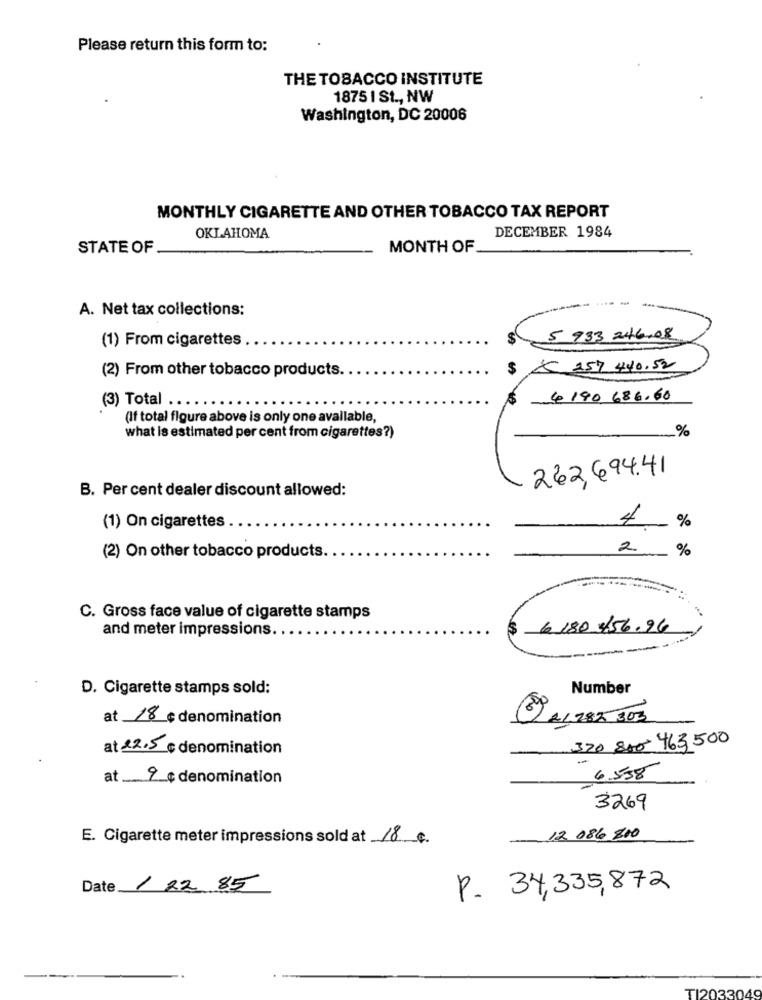
Please return this form to:
THE TOBACCO INSTITUTE
1875 1 St ., NW
Washington, DC 20006
MONTHLY CIGARETTE AND OTHER TOBACCO TAX REPORT
OKLAHOMA
DECEMBER 1984
STATE OF
MONTH OF
A. Net tax collections:
(1) From cigarettes
5 933 246.08
(2) From other tobacco products ..
$ € 157 440,52
(3) Total ..
4 190 686,60
(If total figure above is only one available,
%
what is estimated per cent from cigarettes?)
262,694.41
B. Per cent dealer discount allowed:
4
%
(1) On cigarettes
2
_ %
(2) On other tobacco products.
C. Gross face value of cigarette stamps
and meter impressions.
6 180 456.96
--
-
D. Cigarette stamps sold:
Number
70
at 18 c denomination
21285 303
320 800 463,500
at 12.5 ¢ denomination
at 9 denomination
6.538
3269
E. Cigarette meter impressions sold at 18€.
12 086 800
Date 1 22 85
P. 34,335,872
TI2033049